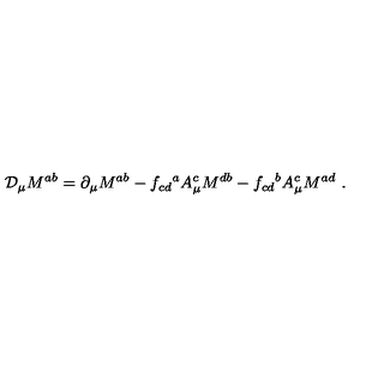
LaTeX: { \cal D } _ { \mu } M ^ { a b } = \partial _ { \mu } M ^ { a b } - f _ { c d } { } ^ { a } A _ { \mu } ^ { c } M ^ { d b } - f _ { c d } { } ^ { b } A _ { \mu } ^ { c } M ^ { a d } \ .